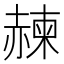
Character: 𧹯